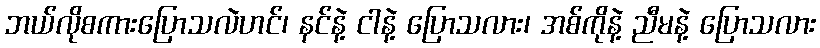
ဘယ်လိုစကားပြောသလဲဟင်၊ နင်နဲ့ ငါနဲ့ ပြောသလား၊ အစ်ကိုနဲ့ ညီမနဲ့ ပြောသလား